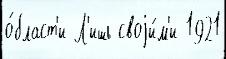
о́бласт'и Л'ишь своjи́м'и 1921